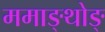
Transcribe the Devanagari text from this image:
ममाङ्थोङ्